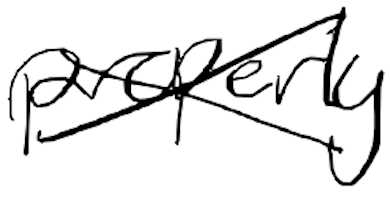
Text: properly
Cross-out: cross
Writing tool: digital_black